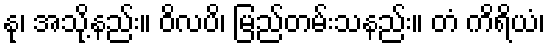
နု၊ အသို့နည်း။ ဝိလပိ၊ မြည်တမ်းသနည်း။ တံ ကိရိယံ၊